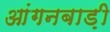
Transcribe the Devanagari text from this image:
आंगनबाड़़ी